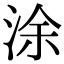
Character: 涂